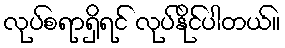
လုပ်စရာရှိရင် လုပ်နိုင်ပါတယ်။